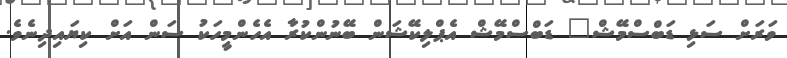
ވަރަށް ސަޅި ޑަބްސްމޭޝް" ޑަބްސްމޭޝް އެޕްލިކޭޝަން ބޭނުންކުރާ އެހެންމީހަކު ސަން އަށް ކިޔައިދިނެެވެ.